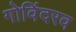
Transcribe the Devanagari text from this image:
गोविंदरव